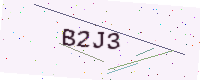
Text: B2J3